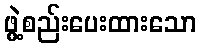
ဖွဲ့စည်းပေးထားသော